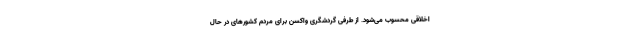
اخلاقی محسوب می‌شود. از طرفی گردشگری واکسن برای مردم کشورهای در حال